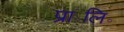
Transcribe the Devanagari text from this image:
प्रा॰लि॰